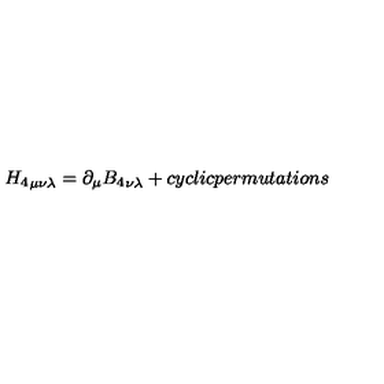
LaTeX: { H _ { 4 } } _ { \mu \nu \lambda } = \partial _ { \mu } { B _ { 4 } } _ { \nu \lambda } + c y c l i c p e r m u t a t i o n s